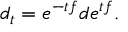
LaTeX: d _ { t } = e ^ { - t f } d e ^ { t f } .